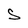
Character: S